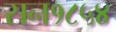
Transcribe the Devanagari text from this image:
सन१८५४